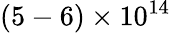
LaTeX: (5-6)\times 10^{14}